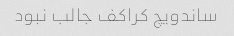
ساندویچ کراکف جالب نبود